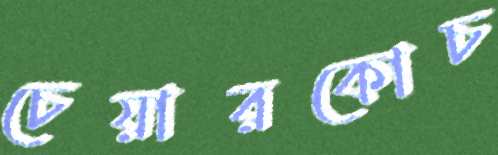
চেয়ারকোচ